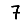
Digit: 7